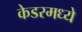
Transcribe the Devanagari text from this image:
केडरमध्ये